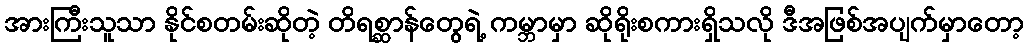
အားကြီးသူသာ နိုင်စတမ်းဆိုတဲ့ တိရစ္ဆာန်တွေရဲ့ ကမ္ဘာမှာ ဆိုရိုးစကားရှိသလို ဒီအဖြစ်အပျက်မှာတော့